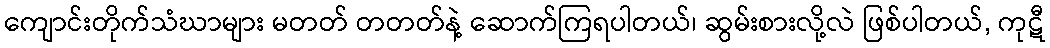
ကျောင်းတိုက်သံဃာများ မတတ် တတတ်နဲ့ ဆောက်ကြရပါတယ်၊ ဆွမ်းစားလို့လဲ ဖြစ်ပါတယ်, ကုဋီ